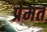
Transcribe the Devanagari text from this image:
प्रेमत